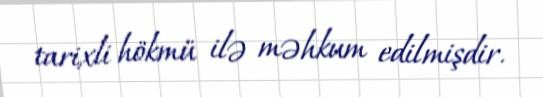
tarixli hökmü ilə məhkum edilmişdir.